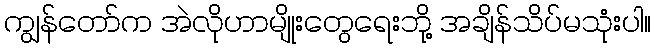
ကျွန်တော်က အဲလိုဟာမျိုးတွေရေးဘို့ အချိန်သိပ်မသုံးပါ။